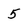
Character: 5